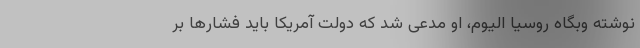
نوشته وبگاه روسیا الیوم، او مدعی شد که دولت آمریکا باید فشارها بر